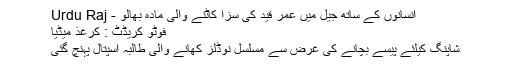
انسانوں کے ساتھ جیل میں عمر قید کی سزا کاٹنے والی مادہ بھالو - Urdu Raj
فوٹو کریڈٹ : کرغذ میڈیا
شاپنگ کیلئے پیسے بچانے کی غرض سے مسلسل نوڈلز کھانے والی طالبہ اسپتال پہنچ گئی